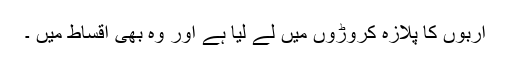
اربوں کا پلازہ کروڑوں میں لے لیا ہے اور وہ بھی اقساط میں ۔